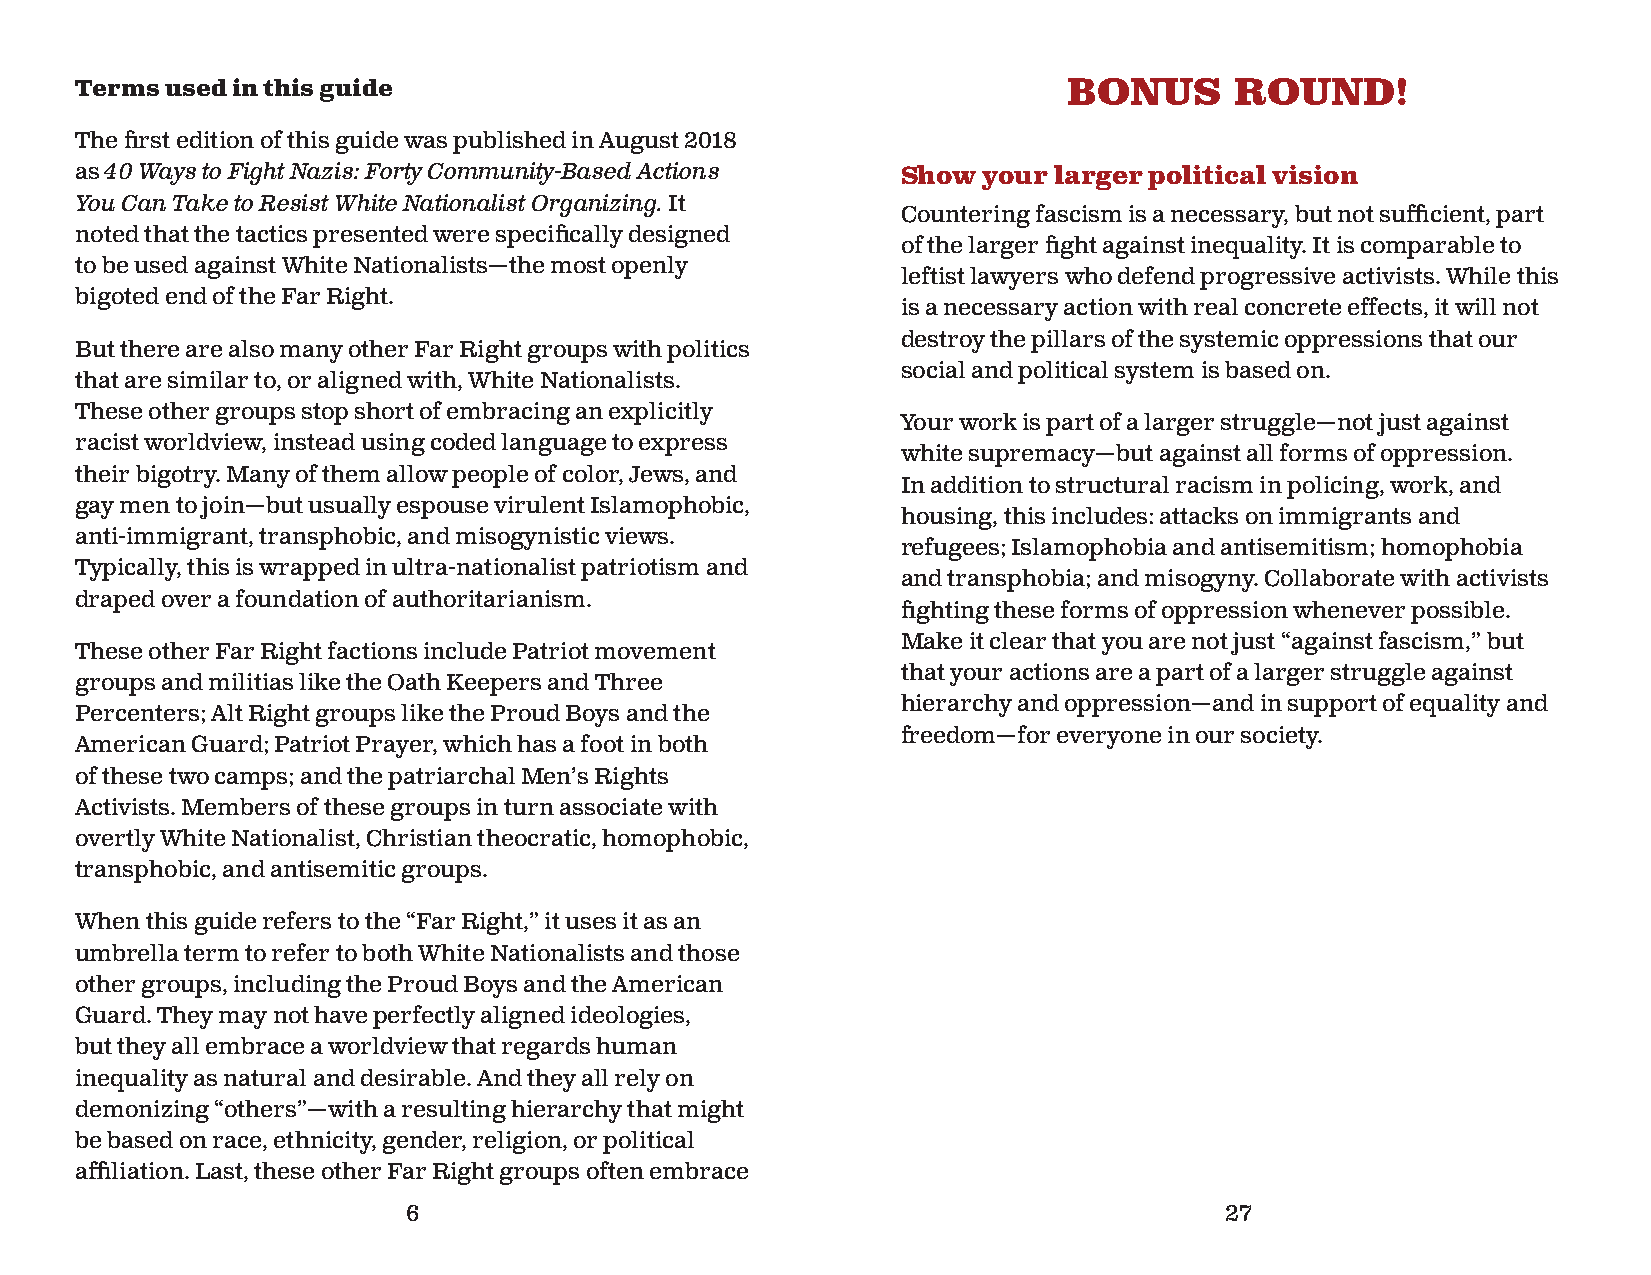
Terms used in this guide                                          BONUS      ROUND!
 The fi rst edition of this guide was published in August 2018
 as 40 Ways to Fight Nazis: Forty Community-Based Actions Show your larger political vision
 You Can Take to Resist White Nationalist Organizing. It
 Countering fascism is a necessary, but not suffi cient, part
 noted that the tactics presented were specifi cally designed
 of the larger fi ght against inequality. It is comparable to
 to be used against White Nationalists—the most openly
 leftist lawyers who defend progressive activists. While this
 bigoted end of the Far Right.
 is a necessary action with real concrete effects, it will not
 destroy the pillars of the systemic oppressions that our
 But there are also many other Far Right groups with politics
 social and political system is based on.
 that are similar to, or aligned with, White Nationalists.
 These other groups stop short of embracing an explicitly
 Your work is part of a larger struggle—not just against
 racist worldview, instead using coded language to express
 white supremacy—but against all forms of oppression.
 their bigotry. Many of them allow people of color, Jews, and
 In addition to structural racism in policing, work, and
 gay men to join—but usually espouse virulent Islamophobic,
 housing, this includes: attacks on immigrants and
 anti-immigrant, transphobic, and misogynistic views.
 refugees; Islamophobia and antisemitism; homophobia
 Typically, this is wrapped in ultra-nationalist patriotism and
 and transphobia; and misogyny. Collaborate with activists
 draped over a foundation of authoritarianism.
 fi ghting these forms of oppression whenever possible.
 Make it clear that you are not just “against fascism,” but
 These other Far Right factions include Patriot movement
 that your actions are a part of a larger struggle against
 groups and militias like the Oath Keepers and Three
 hierarchy and oppression—and in support of equality and
 Percenters; Alt Right groups like the Proud Boys and the
 freedom—for everyone in our society.
 American Guard; Patriot Prayer, which has a foot in both
 of these two camps; and the patriarchal Men’s Rights
 Activists. Members of these groups in turn associate with
 overtly White Nationalist, Christian theocratic, homophobic,
 transphobic, and antisemitic groups.
 When this guide refers to the “Far Right,” it uses it as an
 umbrella term to refer to both White Nationalists and those
 other groups, including the Proud Boys and the American
 Guard. They may not have perfectly aligned ideologies,
 but they all embrace a worldview that regards human
 inequality as natural and desirable. And they all rely on
 demonizing “others”—with a resulting hierarchy that might
 be based on race, ethnicity, gender, religion, or political
 affi liation. Last, these other Far Right groups often embrace
 6                                                     27